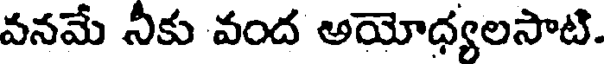
వనమే నీకు వంద అయోధ్యలసాటి.